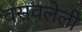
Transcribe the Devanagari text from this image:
वसवलेली